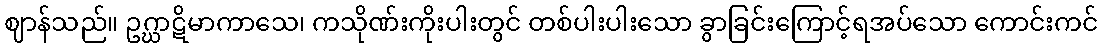
ဈာန်သည်။ ဥဂ္ဃာဋိမာကာသေ၊ ကသိုဏ်းကိုးပါးတွင် တစ်ပါးပါးသော ခွာခြင်းကြောင့်ရအပ်သော ကောင်းကင်